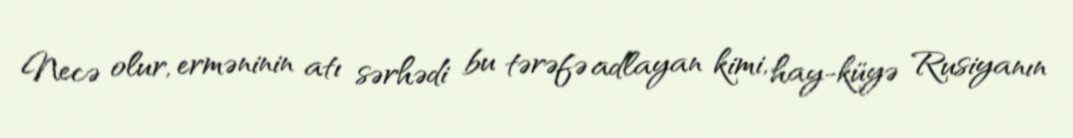
Necə olur, erməninin atı sərhədi bu tərəfə adlayan kimi, hay-küyə Rusiyanın